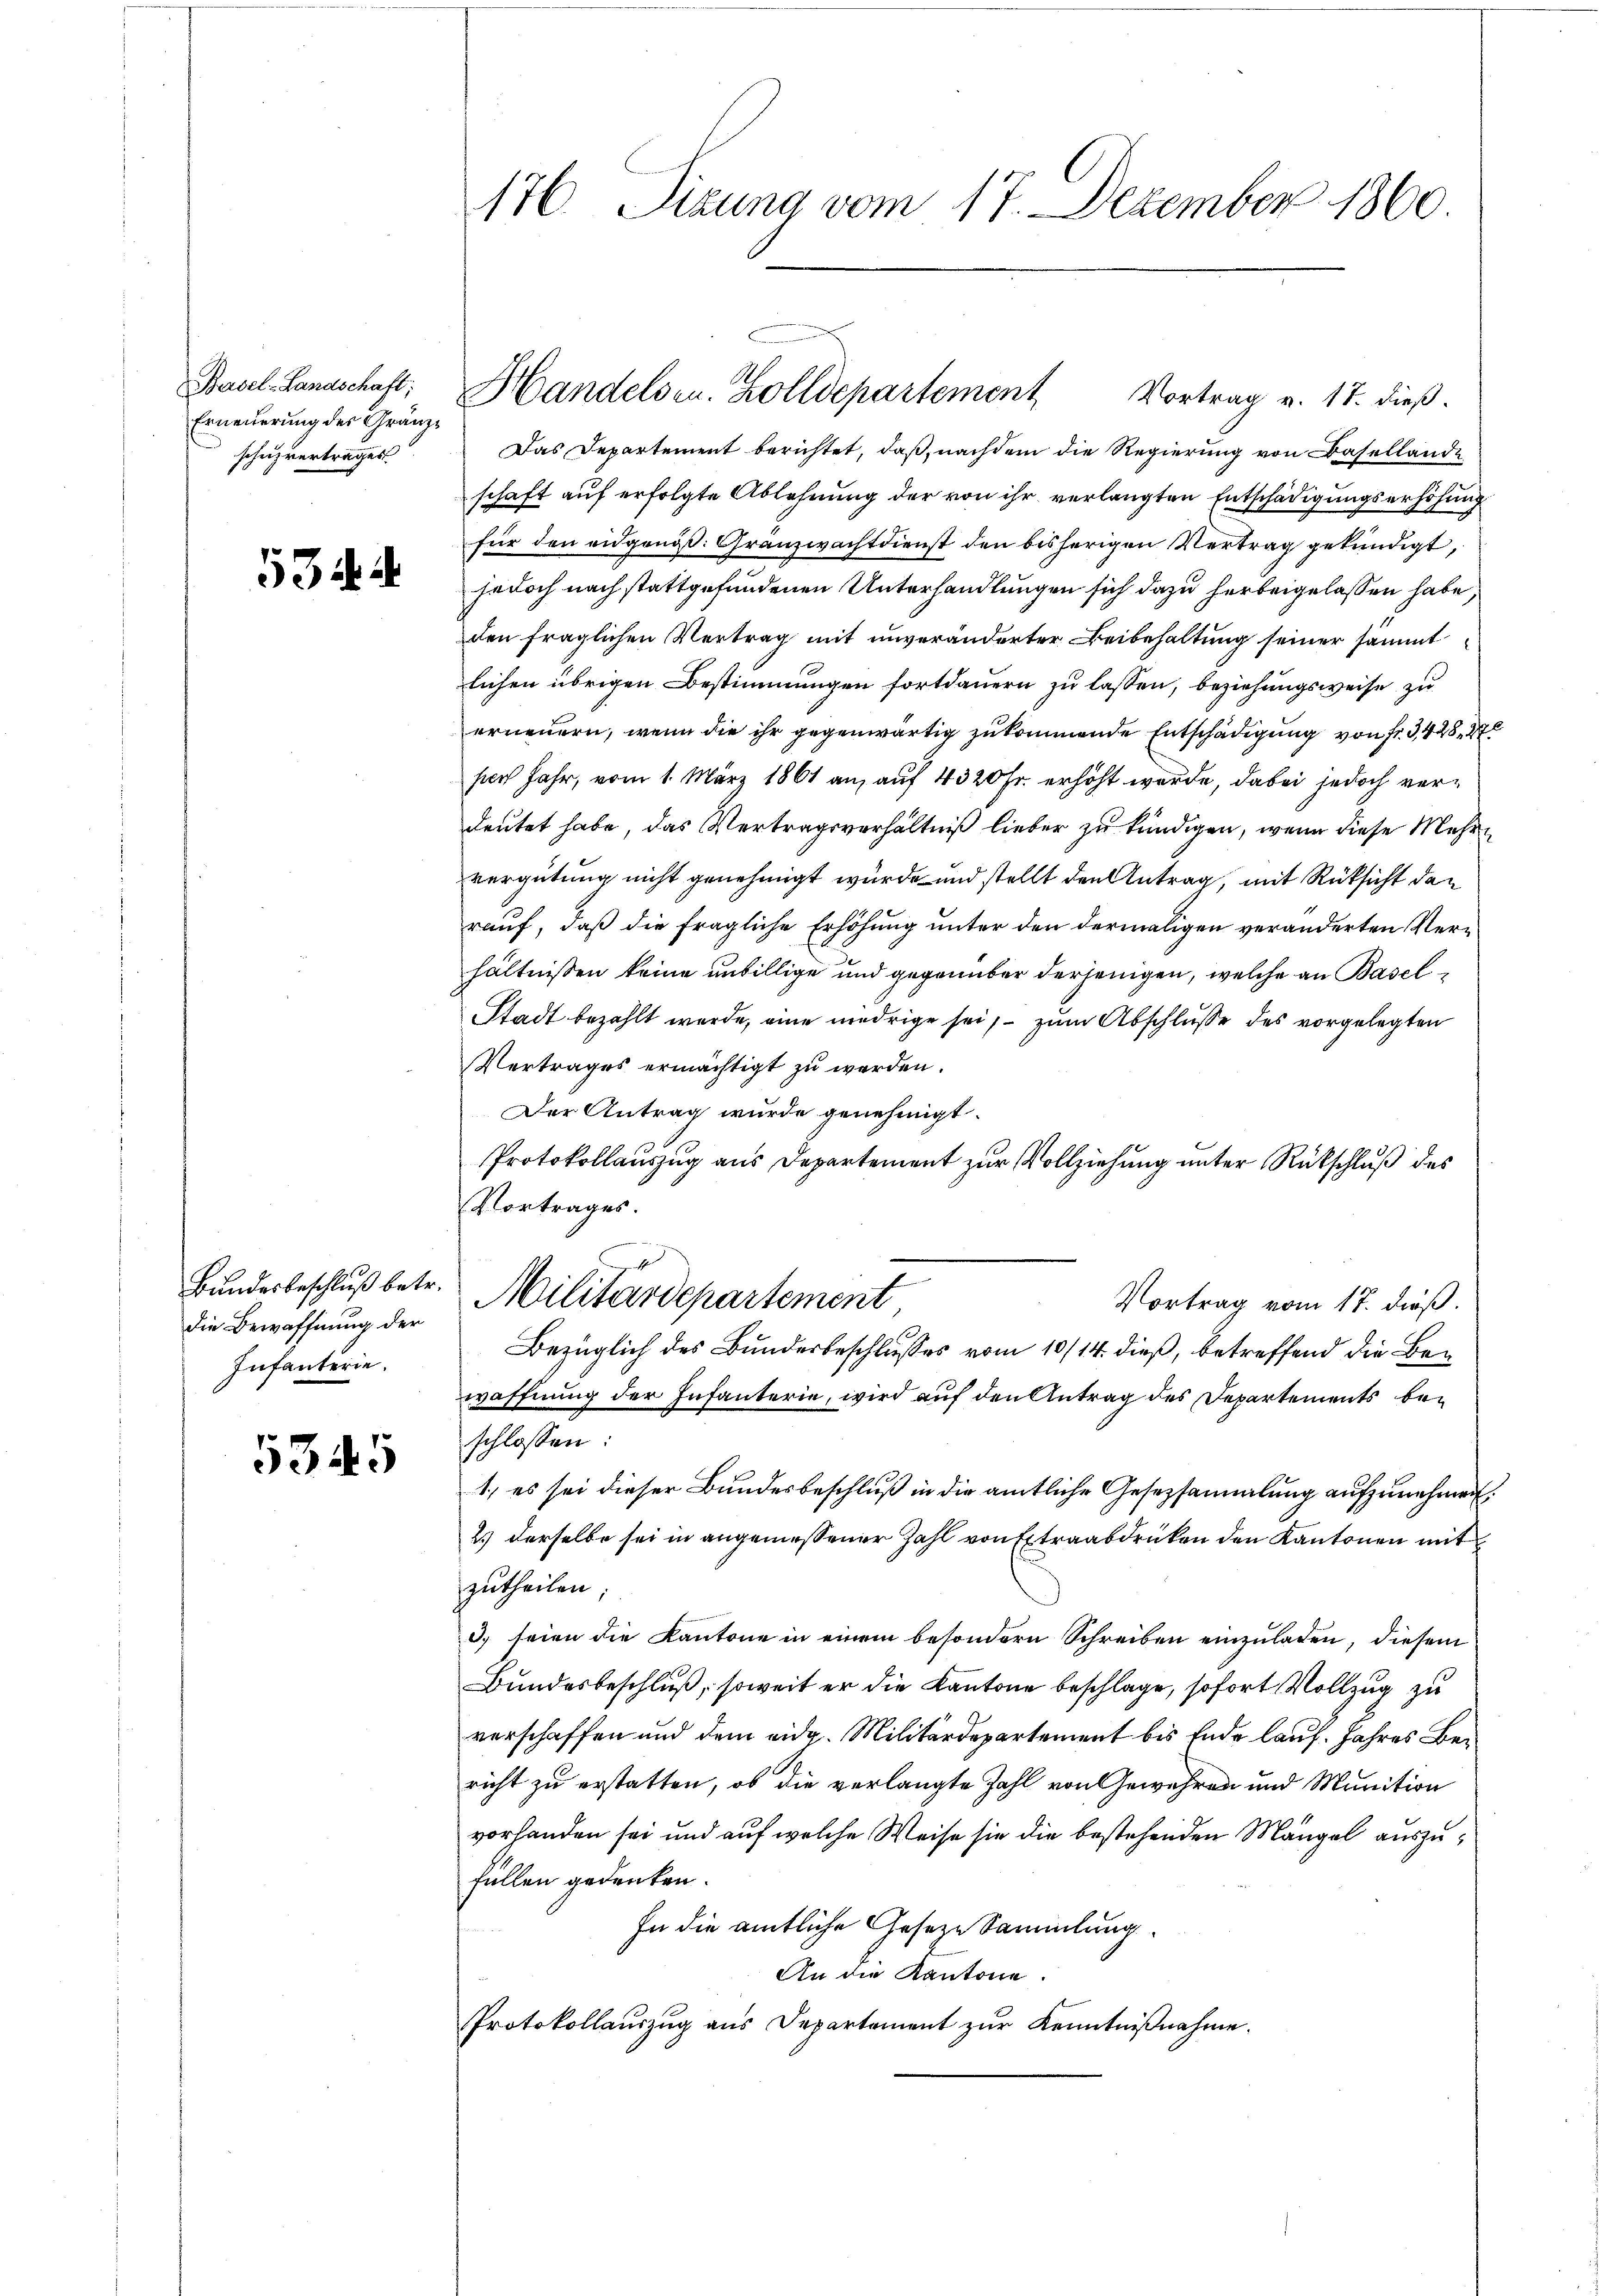
Basel-Landschaft;
Erneuerung der Gränzscheizvertrages

53 d. d.

die Bewaffnung der
Infanterie.

5345

Vortrag v. 17. dieß.
Das Departement berichtet, daß, nachdem die Regierung von Basellande
schaft auf erfolgte Ablehnung der von ihr verlangten Entschädigungserhöhung
für den eidgenöß: Granzwachtdienst den bisherigen Vertrag gekündigt,
jedoch nach stattgefundenen Unterhandlungen sich dazu herbeigelassen habe
den fraglichen Vertrag mit unveränderter Beibehaltung seiner sämmt
lichen übrigen Bestimmungen fortdauern zu lassen, beziehungsweise zu
erneuern, wenn die ihr gegenwärtig zukommende Entschädigung von fr. 3428, 272
siech Jahr, vom 1. März 1861 an, auf 4320 Fr. erhöht werde, dabei jedoch verdeutet habe, das Vertragsverhältniß lieber zu kündigen, wenn diese Mehrvergütung nicht genehmigt wurde und stellt den Antrag, mit Rücksicht den
rauf, daß die fragliche Erhöhung unter den dermaligen veränderten Verhältnissen keine unbillige und gegenüber derjenigen, welche an Basel¬
Stadt bezahlt wurde, eine niedrige sei, – zum Abschlusse des vorgelegten
Vertrages ermächtigt zu werden.
Der Antrag wurde genehmigt.
Protokollauszug aus Departement zur Vollziehung unter Rückschluß des
Vortrages.
Bŭndesbeschluß betr. Militärdepartement
Vortrag vom 17. dieß.
Bezüglich des Bunderbeschlusses vom 10/14. dieß, betreffend die Bewaffnung der Infanterie, wird auf den Antrag des Departements beschlossen:
1., es sei dieser Bundesbeschluß in die amtliche Gesetzsammlung aufzunehmen.
2.) Derselbe sei in angemessener Zahl von Extraabdrücken den Kantonen mit
zutheilen.
3) seien die Kantone in einem besondern Schreiben einzuladen, diesem
Bundesbeschluß, soweit er die Kantone beschlage, sofort Vollzug zu
verschaffen und dem eidg. Militärdepartement bis Ende lauf. Jahres Bericht zu erstatten, ob die verlangte Zahl von Gewehren und Munition
vorhanden sei und auf welche Weise sie die bestehenden Mängel auszufüllen gedenken.
In die amtliche Geseze Sammlung.
An die Kantone
Protokollauszug aus Departement zur Kenntnißnahme.

176. Sizung vom 17. Dezember 1860

Handelsen. Zolldepartement